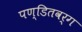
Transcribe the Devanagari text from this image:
पण्डितवर्ग